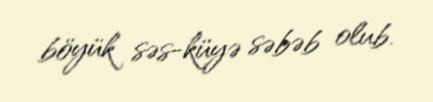
böyük səs-küyə səbəb olub.